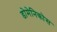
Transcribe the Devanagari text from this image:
डोमेनिकोस